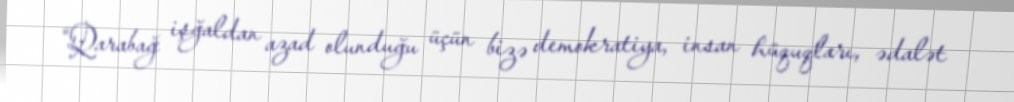
“Qarabağ işğaldan azad olunduğu üçün bizə demokratiya, insan hüquqları, ədalət